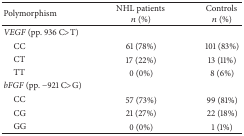
<table><thead><tr><td><b>Polymorphism</b></td><td><b>NHL patients <i>n</i> (%)</b></td><td><b>Controls <i>n</i> (%)</b></td></tr></thead><tbody><tr><td><i>VEGF</i> (pp. 936 C&gt;T)</td><td> </td><td> </td></tr><tr><td> CC</td><td>61 (78%)</td><td>101 (83%)</td></tr><tr><td> CT</td><td>17 (22%)</td><td>13 (11%)</td></tr><tr><td> TT</td><td>0 (0%)</td><td>8 (6%)</td></tr><tr><td><i>bFGF</i> (pp. −921 C&gt;G)</td><td> </td><td> </td></tr><tr><td> CC</td><td>57 (73%)</td><td>99 (81%)</td></tr><tr><td> CG</td><td>21 (27%)</td><td>22 (18%)</td></tr><tr><td> GG</td><td>0 (0%)</td><td>1 (1%)</td></tr></tbody></table>